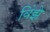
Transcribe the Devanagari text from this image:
विंझे